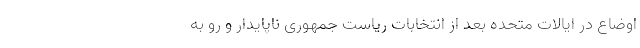
اوضاع در ایالات متحده بعد از انتخابات ریاست جمهوری ناپایدار و رو به